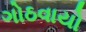
ગોઠવાયો